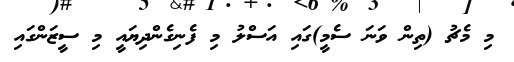
މި މެޗު (ތިން ވަނަ ސެމީ)ގައި އަސްލު މި ފެނިގެންދިޔައީ މި ސީޒަންގައި